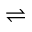
\rightleftharpoons